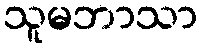
သူမဘာသာ